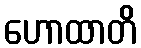
ဟောထာတိ